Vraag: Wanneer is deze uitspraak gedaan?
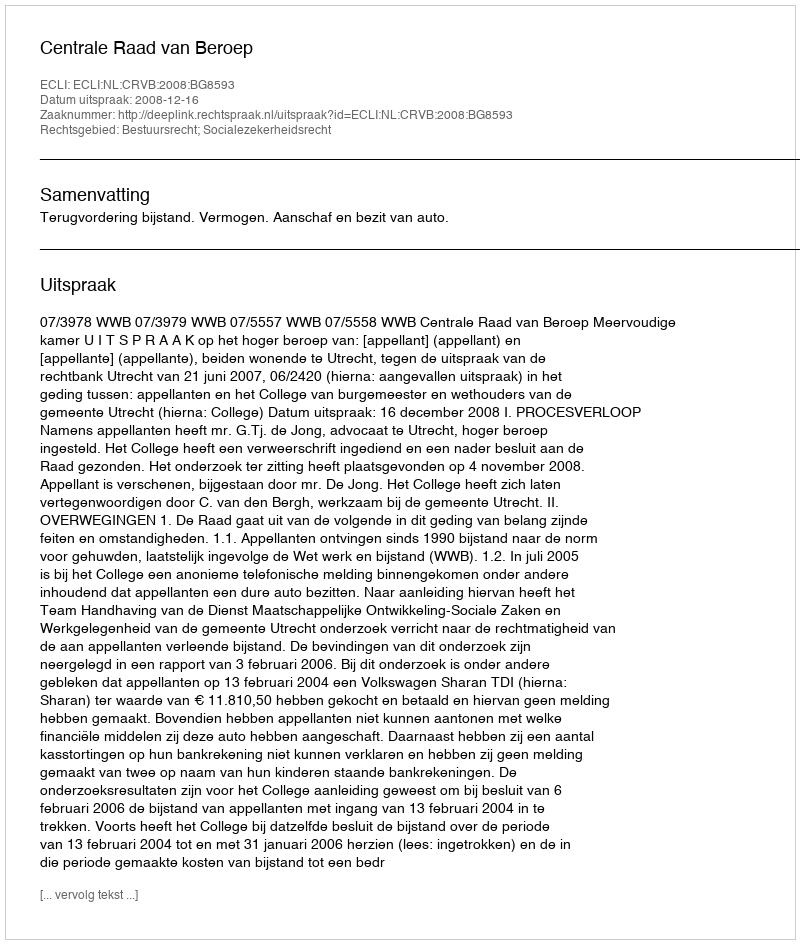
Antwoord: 2008-12-16